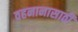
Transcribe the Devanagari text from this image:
वहनानासाठी